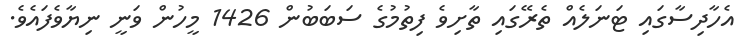
އެހާދިސާގައި ޓަނަލެއް ތެރޭގައި ތާށިވެ ފިތުމުގެ ސަބަބުން 1426 މީހުން ވަނީ ނިޔާވެފައެވެ.